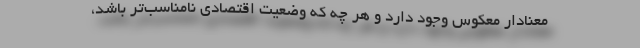
معنادار معکوس وجود دارد و هر چه که وضعیت اقتصادی نامناسب‌تر باشد،